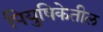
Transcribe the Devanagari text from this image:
पियुषिकेतील